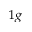
_ { 1 g }